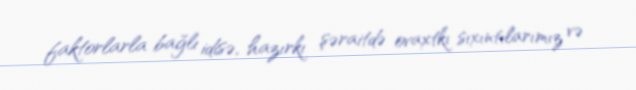
faktorlarla bağlı idisə, hazırkı şəraitdə ovaxtkı sıxıntılarımız və